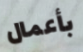
بأعمال